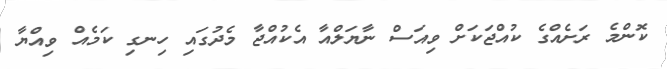
ކޮންމެ ރަށެއްގެ ކުއްޖަކަށް ވިއަސް ނާޔަލްއާ އެކުއްޖާ މެދުގައި ހިނގި ކަމެއް ވިއްޔާ